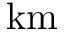
\mathrm { k m }